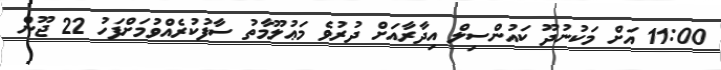
11:00 އަށް މަކުނުދޫ ކައުންސިލް އިދާރާއަށް ދުރުވެ މަޢުލޫމާތު ސާފުކުރެއްވުމަށްފަހު 22 ޖޫން